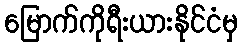
မြောက်ကိုရီးယားနိုင်ငံမှ